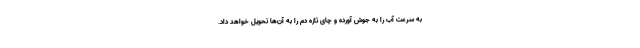
به سرعت آب را به جوش آورده و چای تازه دم را به آن‌ها تحویل خواهد داد.